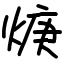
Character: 焿